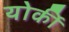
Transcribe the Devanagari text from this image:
योर्की